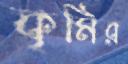
কৃমির